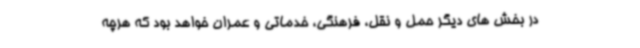
در بخش های دیگر حمل و نقل، فرهنگی، خدماتی و عمران خواهد بود که هرچه